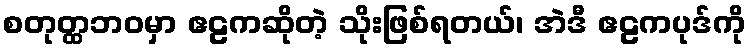
စတုတ္ထဘဝမှာ ဧဠကဆိုတဲ့ သိုးဖြစ်ရတယ်၊ အဲဒီ ဧဠကပုဒ်ကို